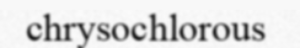
chrysochlorous